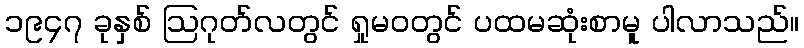
၁၉၄၇ ခုနှစ် ဩဂုတ်လတွင် ရှုမဝတွင် ပထမဆုံးစာမူ ပါလာသည်။